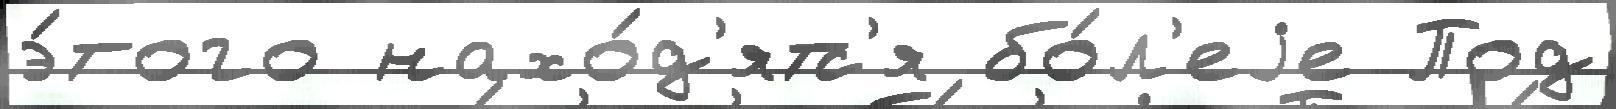
э́того нахо́д'ятс'я бо́л'еjе Под